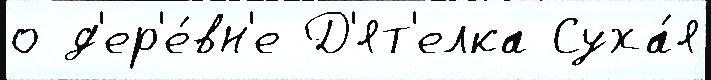
о д'ер'е́вн'е Д'ят'елка Суха́я